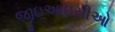
જીઇઆઇસીઓ